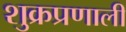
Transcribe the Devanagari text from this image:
शुक्रप्रणाली